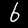
Label: 6